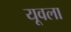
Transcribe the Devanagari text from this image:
यूवला